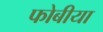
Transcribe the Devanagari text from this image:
फोबीया